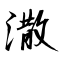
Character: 潵